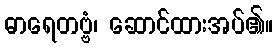
ဓာရေတဗ္ဗံ၊ ဆောင်ထားအပ်၏။